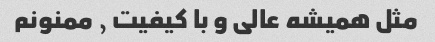
مثل همیشه عالی و با کیفیت , ممنونم